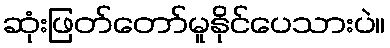
ဆုံးဖြတ်တော်မူနိုင်ပေသားပဲ။